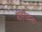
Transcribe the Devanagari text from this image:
ग्रहौतक